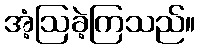
အံ့ဩခဲ့ကြသည်။